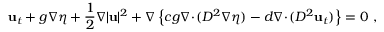
\mathbf { u } _ { t } + g \nabla \eta + \frac { 1 } { 2 } \nabla | \mathbf { u } | ^ { 2 } + \nabla \left\{ c g \nabla \! \cdot \! ( D ^ { 2 } \nabla \eta ) - d \nabla \! \cdot \! ( D ^ { 2 } \mathbf { u } _ { t } ) \right\} = 0 \ ,